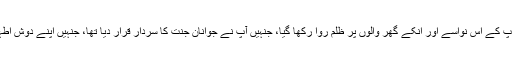
ایک پہلو المناک ہے کہ رحلت رسول پاک صلی اللہ علیہ و آلہ وسلم کے بعد آپ کے اس نواسےؑ اور انکے گھر والوں پر ظلم روا رکھا گیا، جنہیں آپؑ نے جوانان جنت کا سردار قرار دیا تھا، جنہیں اپنے دوش اطہر پہ سوار کروایا اور بتلایا کہ حسین ؑ مجھؑ سے ہے اور میں حسین سؑے ہوں۔